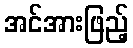
အင်အားဖြည့်